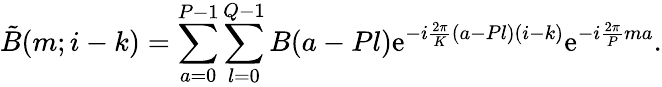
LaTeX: \tilde{B}(m;i-k)=\sum_{a=0}^{P-1}\sum_{l=0}^{Q-1}B(a-Pl)\mathrm{e}^{-i{\frac{2\pi}{K}}(a-Pl)(i-k)}\mathrm{e}^{-i{\frac{2\pi}{P}}ma}.